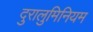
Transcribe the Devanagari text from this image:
दुरालुमिनियम